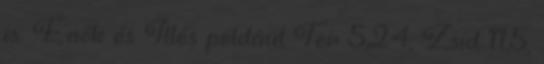
is: Énók és Illés például Ter 5,24; Zsid 11,5;